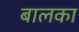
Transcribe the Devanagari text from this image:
बालका